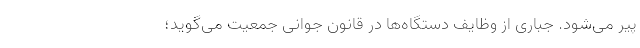
پیر می‌شود. جباری از وظایف دستگاه‌ها در قانون جوانی جمعیت می‌گوید؛